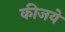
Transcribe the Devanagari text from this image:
कीजये